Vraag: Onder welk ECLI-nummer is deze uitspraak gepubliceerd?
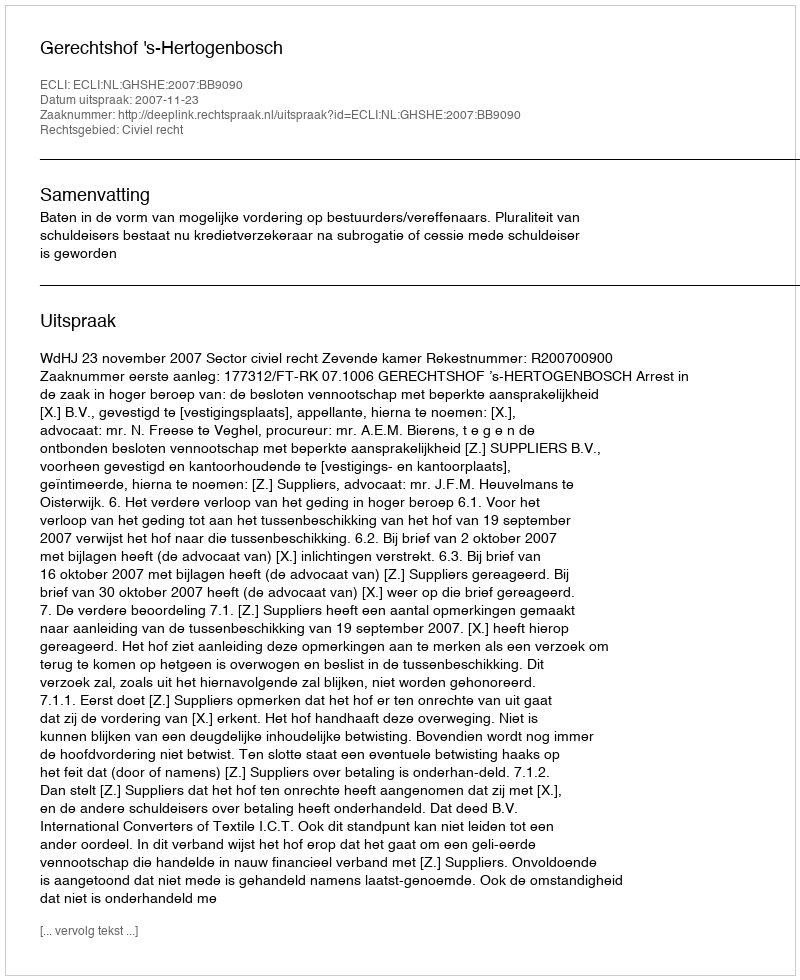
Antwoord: ECLI:NL:GHSHE:2007:BB9090